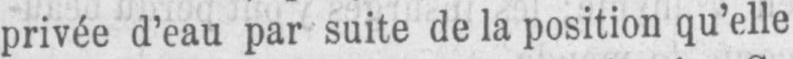
privée d’eau par suite de la position qu’elle